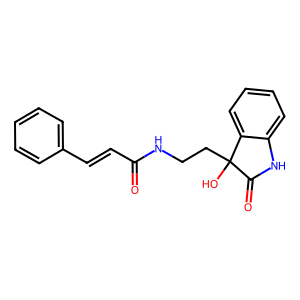
SMILES: O=C(C=Cc1ccccc1)NCCC1(O)C(=O)Nc2ccccc21
Inhibits HIV replication: No